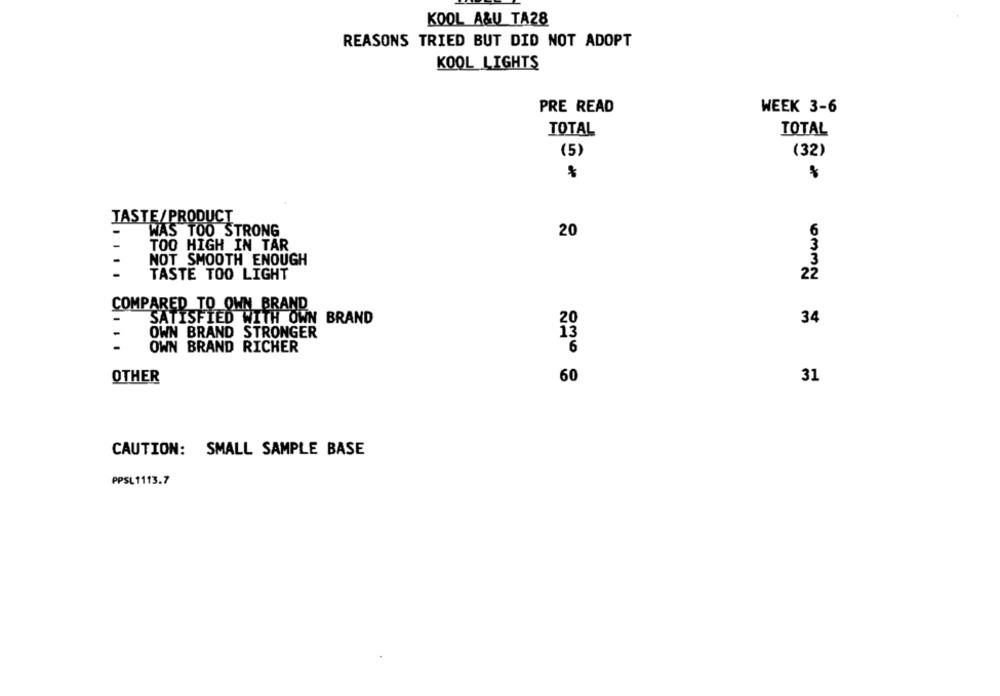
KOOL A&U TA28
REASONS TRIED BUT DID NOT ADOPT
KOOL LIGHTS
PRE READ
WEEK 3-6
TOTAL
TOTAL
(32)
(5)
TASTE/PRODUCT
6
-
WAS TOO STRONG
20
-
TOO HIGH IN TAR
NOT SMOOTH ENOUGH
TASTE TOO LIGHT
22
COMPARED TO OWN BRAND
SATISFIED WITH OWN BRAND
20
34
-
OWN BRAND STRONGER
OWN BRAND RICHER
6
OTHER
60
31
0mm= = =
CAUTION: SMALL SAMPLE BASE
PPSL1113.7